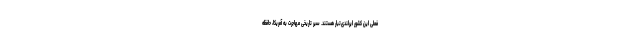
فعلی این کشور ایرلندی‌تبار هستند. سیر تاریخی مهاجرت به آمریکا، حافظه